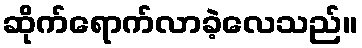
ဆိုက်ရောက်လာခဲ့လေသည်။